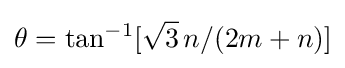
\theta =\tan ^{-1}[{\sqrt {3}}\,n/(2m+n)]